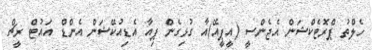
ހެލްތު ޕްރޮޓެކްޝަން އެޖެންސީ (އީޕީއޭ)އާ ގުޅިގެން ޕިއާ އެޑިއުކޭޝަން އެންޑް އައުޓް ރީޗް